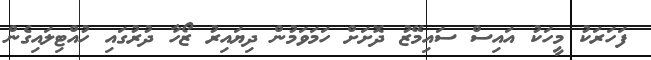
ފަހަރަކު މީހަކު އައިސް ސައިމޭޒު ދޮށަށް ހަމަވަމުން ދިޔައިރު ޒޯހާ ދުރުގައި ހުއްޓިލައިގެން